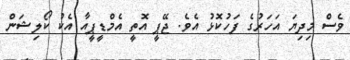
ވެސް މިދިޔަ އަހަރުގެ ފަހުކޮޅު އެވެ. ޖޭޕީ އޮތީ އެމްޑީޕީއާ އެކު ކޯލިޝަން